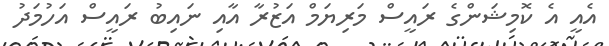
އެއީ އެ ކޮމިޝަންގެ ރައީސް މަރިޔަމް އަޒުރާ އާއި ނައިބު ރައީސް އަހުމަދު